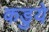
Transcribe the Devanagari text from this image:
कडुये